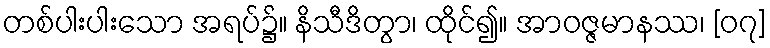
တစ်ပါးပါးသော အရပ်၌။ နိသီဒိတွာ၊ ထိုင်၍။ အာဝဇ္ဇမာနဿ၊ [၀၇]